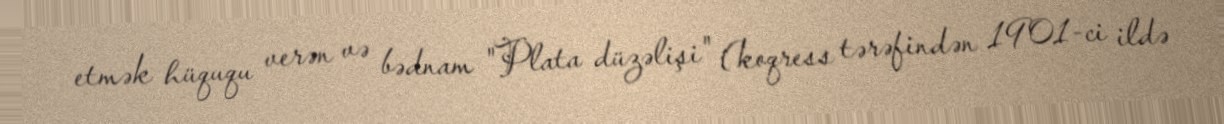
etmək hüququ verən və bədnam "Plata düzəlişi" (koqress tərəfindən 1901-ci ildə